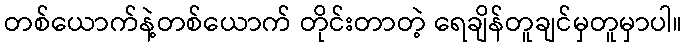
တစ်ယောက်နဲ့တစ်ယောက် တိုင်းတာတဲ့ ရေချိန်တူချင်မှတူမှာပါ။